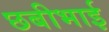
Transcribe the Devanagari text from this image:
छबीभाई